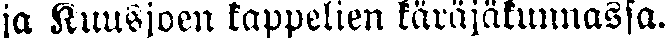
ja Kuusjoen kappelien käräjäkunnassa.